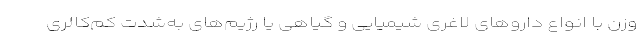
وزن با انواع داروهای لاغری شیمیایی و گیاهی یا رژیم‌های به‌شدت کم‌کالری